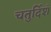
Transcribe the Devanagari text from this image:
चतुर्दिशं